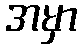
အမှာ